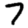
Digit: 7